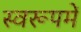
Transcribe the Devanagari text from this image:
स्वरूपमें